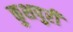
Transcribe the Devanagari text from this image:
कुशपुरी